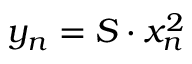
y _ { n } = S \cdot x _ { n } ^ { 2 }